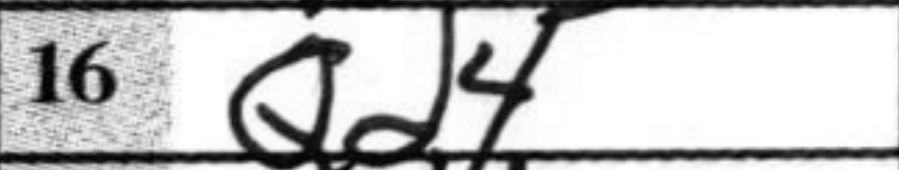
Transcription: Qd4